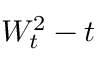
W _ { t } ^ { 2 } - t